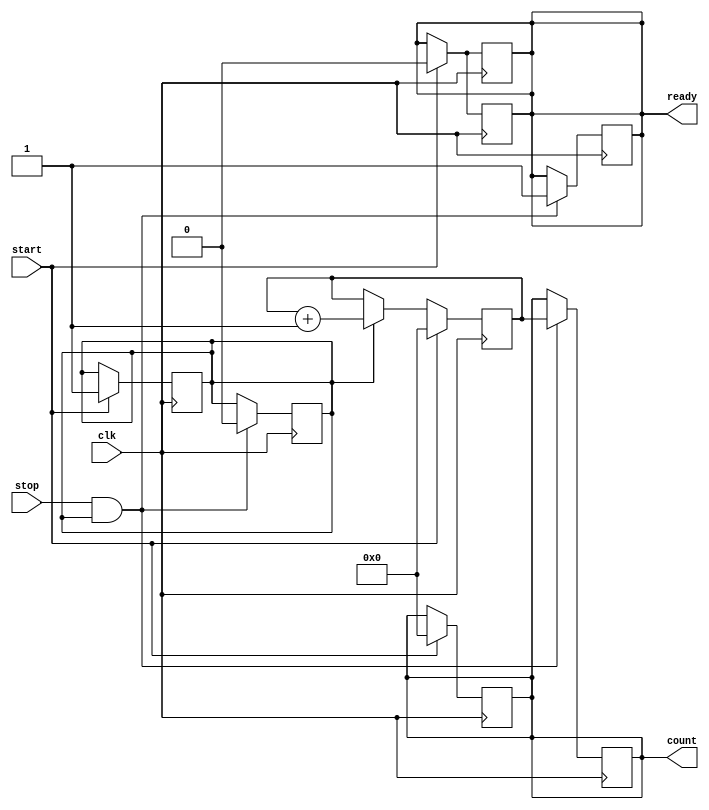
module TDC (
    input wire clk,            // High-frequency clock input
    input wire start,          // Start signal
    input wire stop,           // Stop signal
    output reg [15:0] count,   // Output count value (16-bit)
    output reg ready           // Ready signal to indicate measurement completion
);

    reg [15:0] counter;        // Internal counter
    reg measuring;             // State to indicate if measuring is active

    // Clock generator (for simulation purposes, using the input clock directly)
    // In a real implementation, this could be an on-chip oscillator or PLL.
    always @(posedge clk) begin
        if (start) begin
            counter <= 16'b0;   // Reset counter on start
            measuring <= 1'b1;  // Set measuring flag
            ready <= 1'b0;      // Clear ready signal
        end else if (measuring) begin
            counter <= counter + 1; // Increment counter on each clock cycle
        end
    end

    // Stop measuring and output the count
    always @(posedge clk) begin
        if (stop && measuring) begin
            measuring <= 1'b0;  // Clear measuring flag
            count <= counter;    // Capture the count value
            ready <= 1'b1;       // Set ready signal
        end
    end

    // Reset logic (optional)
    always @(posedge clk) begin
        if (start) begin
            count <= 16'b0;      // Reset output count on start
            ready <= 1'b0;       // Clear ready signal
        end
    end

endmodule